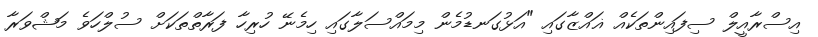
އިސްރާއީލް ސިފައިންތަކެއް ޣައްޒާގައި "އަޅުގަނޑުމެން މިމައްސަލާގައި ހިމެނޭ ހުރިހާ ފަރާތްތަކަށް ސުލްހަވެ މަޝްވަރާ